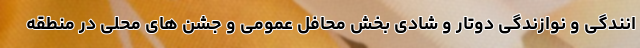
انندگی و نوازندگی دوتار و شادی بخش محافل عمومی و جشن های محلی در منطقه